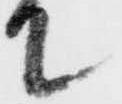
て